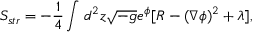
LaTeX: S _ { s t r } = - { \frac { 1 } { 4 } } \int _ { } ^ { } d ^ { 2 } z \sqrt { - g } e ^ { \phi } [ R - ( \nabla \phi ) ^ { 2 } + \lambda ] ,